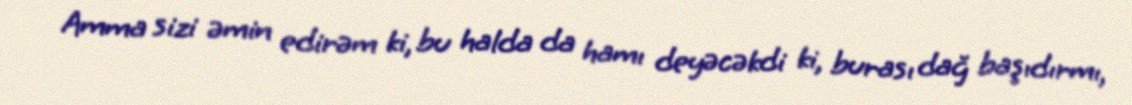
Amma sizi əmin edirəm ki, bu halda da hamı deyəcəkdi ki, burası dağ başıdırmı,